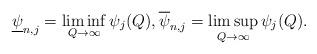
LaTeX: \begin{align*} \underline{\psi}_{n,j}=\liminf_{Q\to\infty} \psi_{j}(Q), \overline{\psi}_{n,j}=\limsup_{Q\to\infty} \psi_{j}(Q). \end{align*}